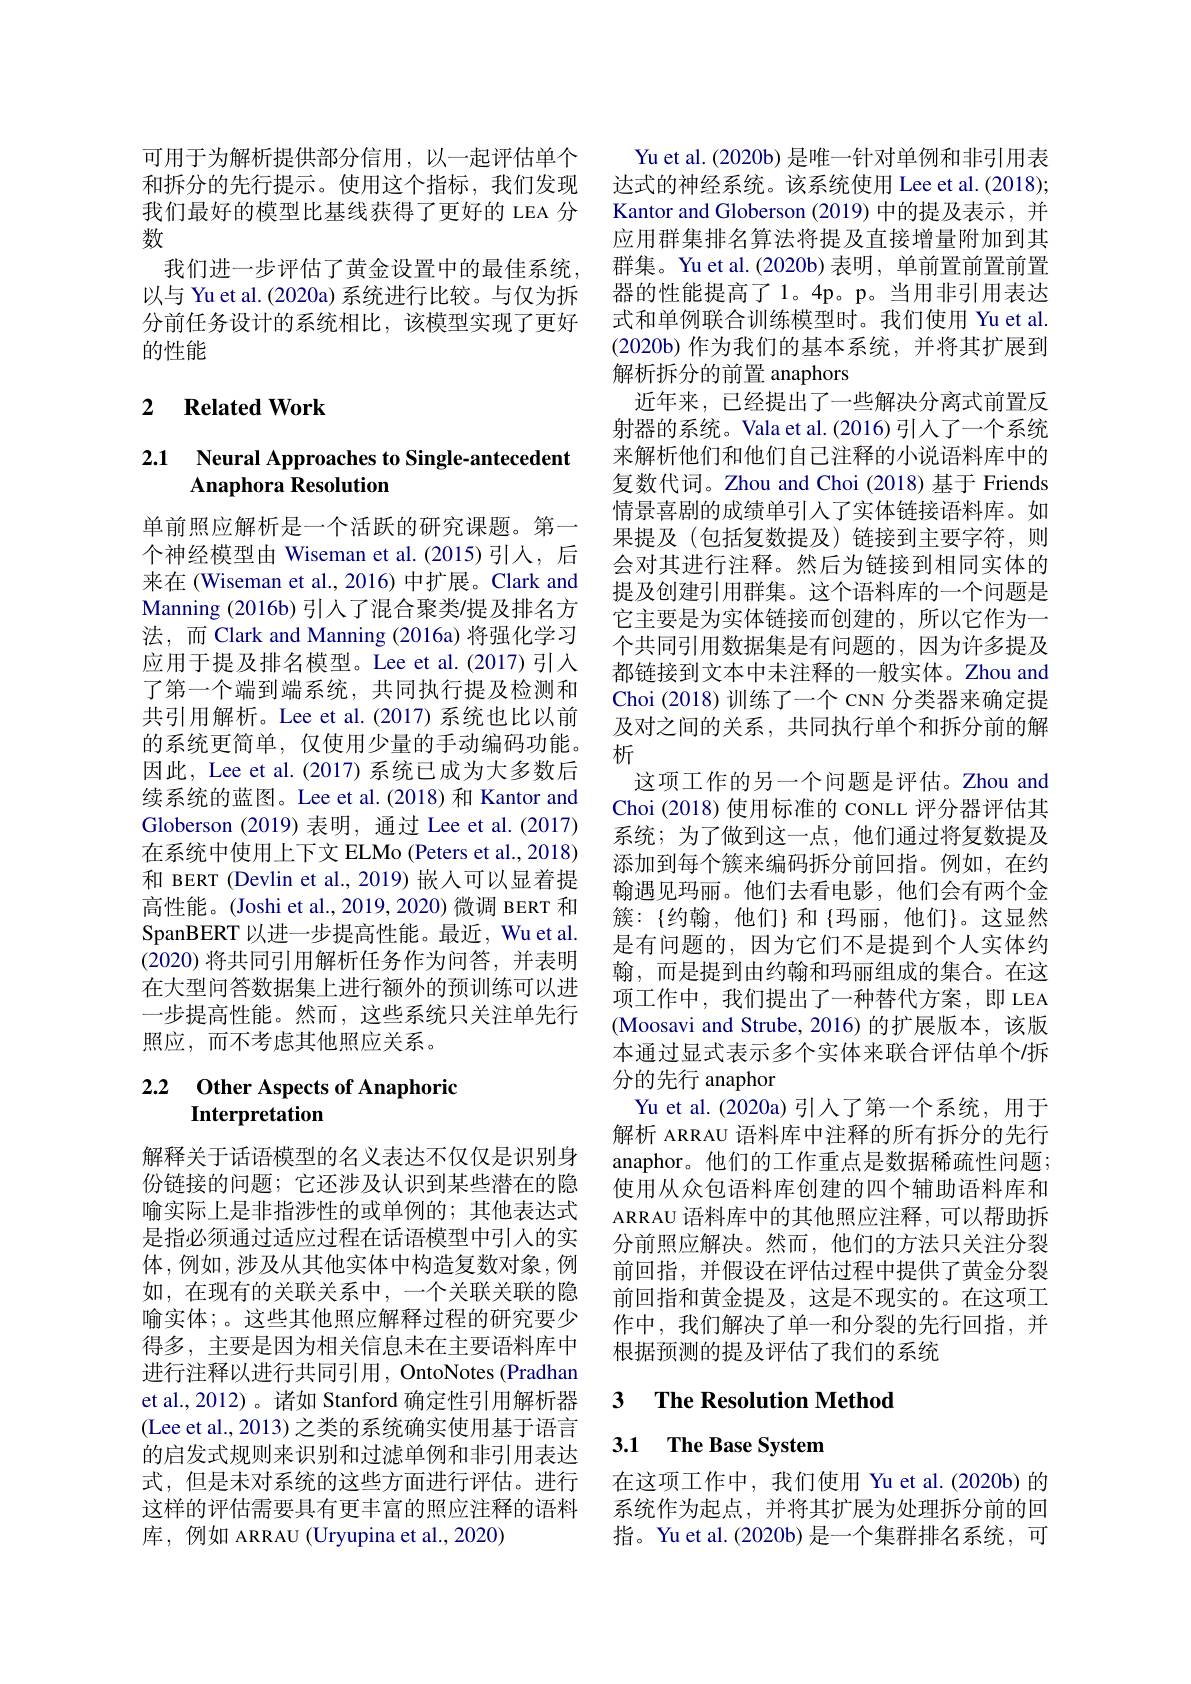
可用于为解析提供部分信用，以一起评估单个和拆分的先行提示。使用这个指标，我们发现我们最好的模型比基线获得了更好的 LEA 分数
我们进一步评估了黄金设置中的最佳系统， 以与 Yu et al. (2020a) 系统进行比较。与仅为拆分前任务设计的系统相比，该模型实现了更好的性能

## 2 $\textbf{Related Work}$

# 2.1 Neural Approaches to Single-antecedent Anaphora Resolution

单前照应解析是一个活跃的研究课题。第一个神经模型由 Wiseman et al.(2015)引入，后来在 (Wiseman et al.,2016) 中扩展。Clark and Manning (2016b) 引入了混合聚类/提及排名方法，而 Clark and Manning (2016a) 将强化学习应用于提及排名模型。Lee et al.(2017)引入了第一个端到端系统，共同执行提及检测和共引用解析。Lee et al.(2017)系统也比以前的系统更简单，仅使用少量的手动编码功能。因此，Lee et al. (2017) 系统已成为大多数后续系统的蓝图。Lee et al.(2018) 和 Kantor and Globerson (2019) 表明，通过 Lee et al. (2017) 在系统中使用上下文 ELMo (Peters et al., 2018) 和 BERT (Devlin et al., 2019) 嵌入可以显着提高性能。(Joshi et al., 2019, 2020) 微调 BERT 和SpanBERT 以进一步提高性能。最近，Wu et al. (2020)将共同引用解析任务作为问答，并表明在大型问答数据集上进行额外的预训练可以进一步提高性能。然而，这些系统只关注单先行照应，而不考虑其他照应关系。

## 2.2 $\textbf{Other Aspects of Anaphoric}$ Interpretation

解释关于话语模型的名义表达不仅仅是识别身份链接的问题；它还涉及认识到某些潜在的隐喻实际上是非指涉性的或单例的；其他表达式是指必须通过适应过程在话语模型中引入的实体，例如，涉及从其他实体中构造复数对象，例如，在现有的关联关系中，一个关联关联的隐喻实体；。这些其他照应解释过程的研究要少得多，主要是因为相关信息未在主要语料库中进行注释以进行共同引用，OntoNotes (Pradhan et al.,2012)。诸如 Stanford 确定性引用解析器(Lee et al., 2013) 之类的系统确实使用基于语言的启发式规则来识别和过滤单例和非引用表达式，但是未对系统的这些方面进行评估。进行这样的评估需要具有更丰富的照应注释的语料库，例如 ARRAU (Uryupina et al.,2020)

Yu et al.(2020b) 是唯一针对单例和非引用表达式的神经系统。该系统使用 Lee et al. (2018); Kantor and Globerson (2019) 中的提及表示，并应用群集排名算法将提及直接增量附加到其群集。Yu et al.(2020b)表明，单前置前置前置器的性能提高了1。4p。p。当用非引用表达式和单例联合训练模型时。我们使用 Yu et al. (2020b)作为我们的基本系统，并将其扩展到解析拆分的前置 anaphors
近年来，已经提出了一些解决分离式前置反射器的系统。Vala et al.(2016)引人了一个系统来解析他们和他们自己注释的小说语料库中的复数代词。Zhou and Choi (2018) 基于 Friends 情景喜剧的成绩单引入了实体链接语料库。如果提及(包括复数提及)链接到主要字符，则会对其进行注释。然后为链接到相同实体的提及创建引用群集。这个语料库的一个问题是它主要是为实体链接而创建的，所以它作为一个共同引用数据集是有问题的，因为许多提及都链接到文本中未注释的一般实体。Zhou and Choi (2018) 训练了一个 CNN 分类器来确定提及对之间的关系，共同执行单个和拆分前的解析
这项工作的另一个问题是评估。Zhou and Choi (2018) 使用标准的 coNLL 评分器评估其系统；为了做到这一点，他们通过将复数提及添加到每个簇来编码拆分前回指。例如，在约翰遇见玛丽。他们去看电影，他们会有两个金簇：$\{约翰，他们\}和{玛丽，他们}。这显然$ 是有问题的，因为它们不是提到个人实体约翰，而是提到由约翰和玛丽组成的集合。在这项工作中，我们提出了一种替代方案，即 LEA (Moosavi and Strube,2016)的扩展版本，该版本通过显式表示多个实体来联合评估单个/拆分的先行 anaphor
Yu et al.(2020a)引人了第一个系统，用于解析 ARRAU 语料库中注释的所有拆分的先行anaphor。他们的工作重点是数据稀疏性问题； 使用从众包语料库创建的四个辅助语料库和ARRAU 语料库中的其他照应注释，可以帮助拆分前照应解决。然而，他们的方法只关注分裂前回指，并假设在评估过程中提供了黄金分裂前回指和黄金提及，这是不现实的。在这项工作中，我们解决了单一和分裂的先行回指，并根据预测的提及评估了我们的系统

### 3 $\textbf{The Resolution Method}$

## 3.1 The Base System

在这项工作中，我们使用 Yu et al.(2020b) 的系统作为起点，并将其扩展为处理拆分前的回指。Yu et al. (2020b) 是一个集群排名系统，可